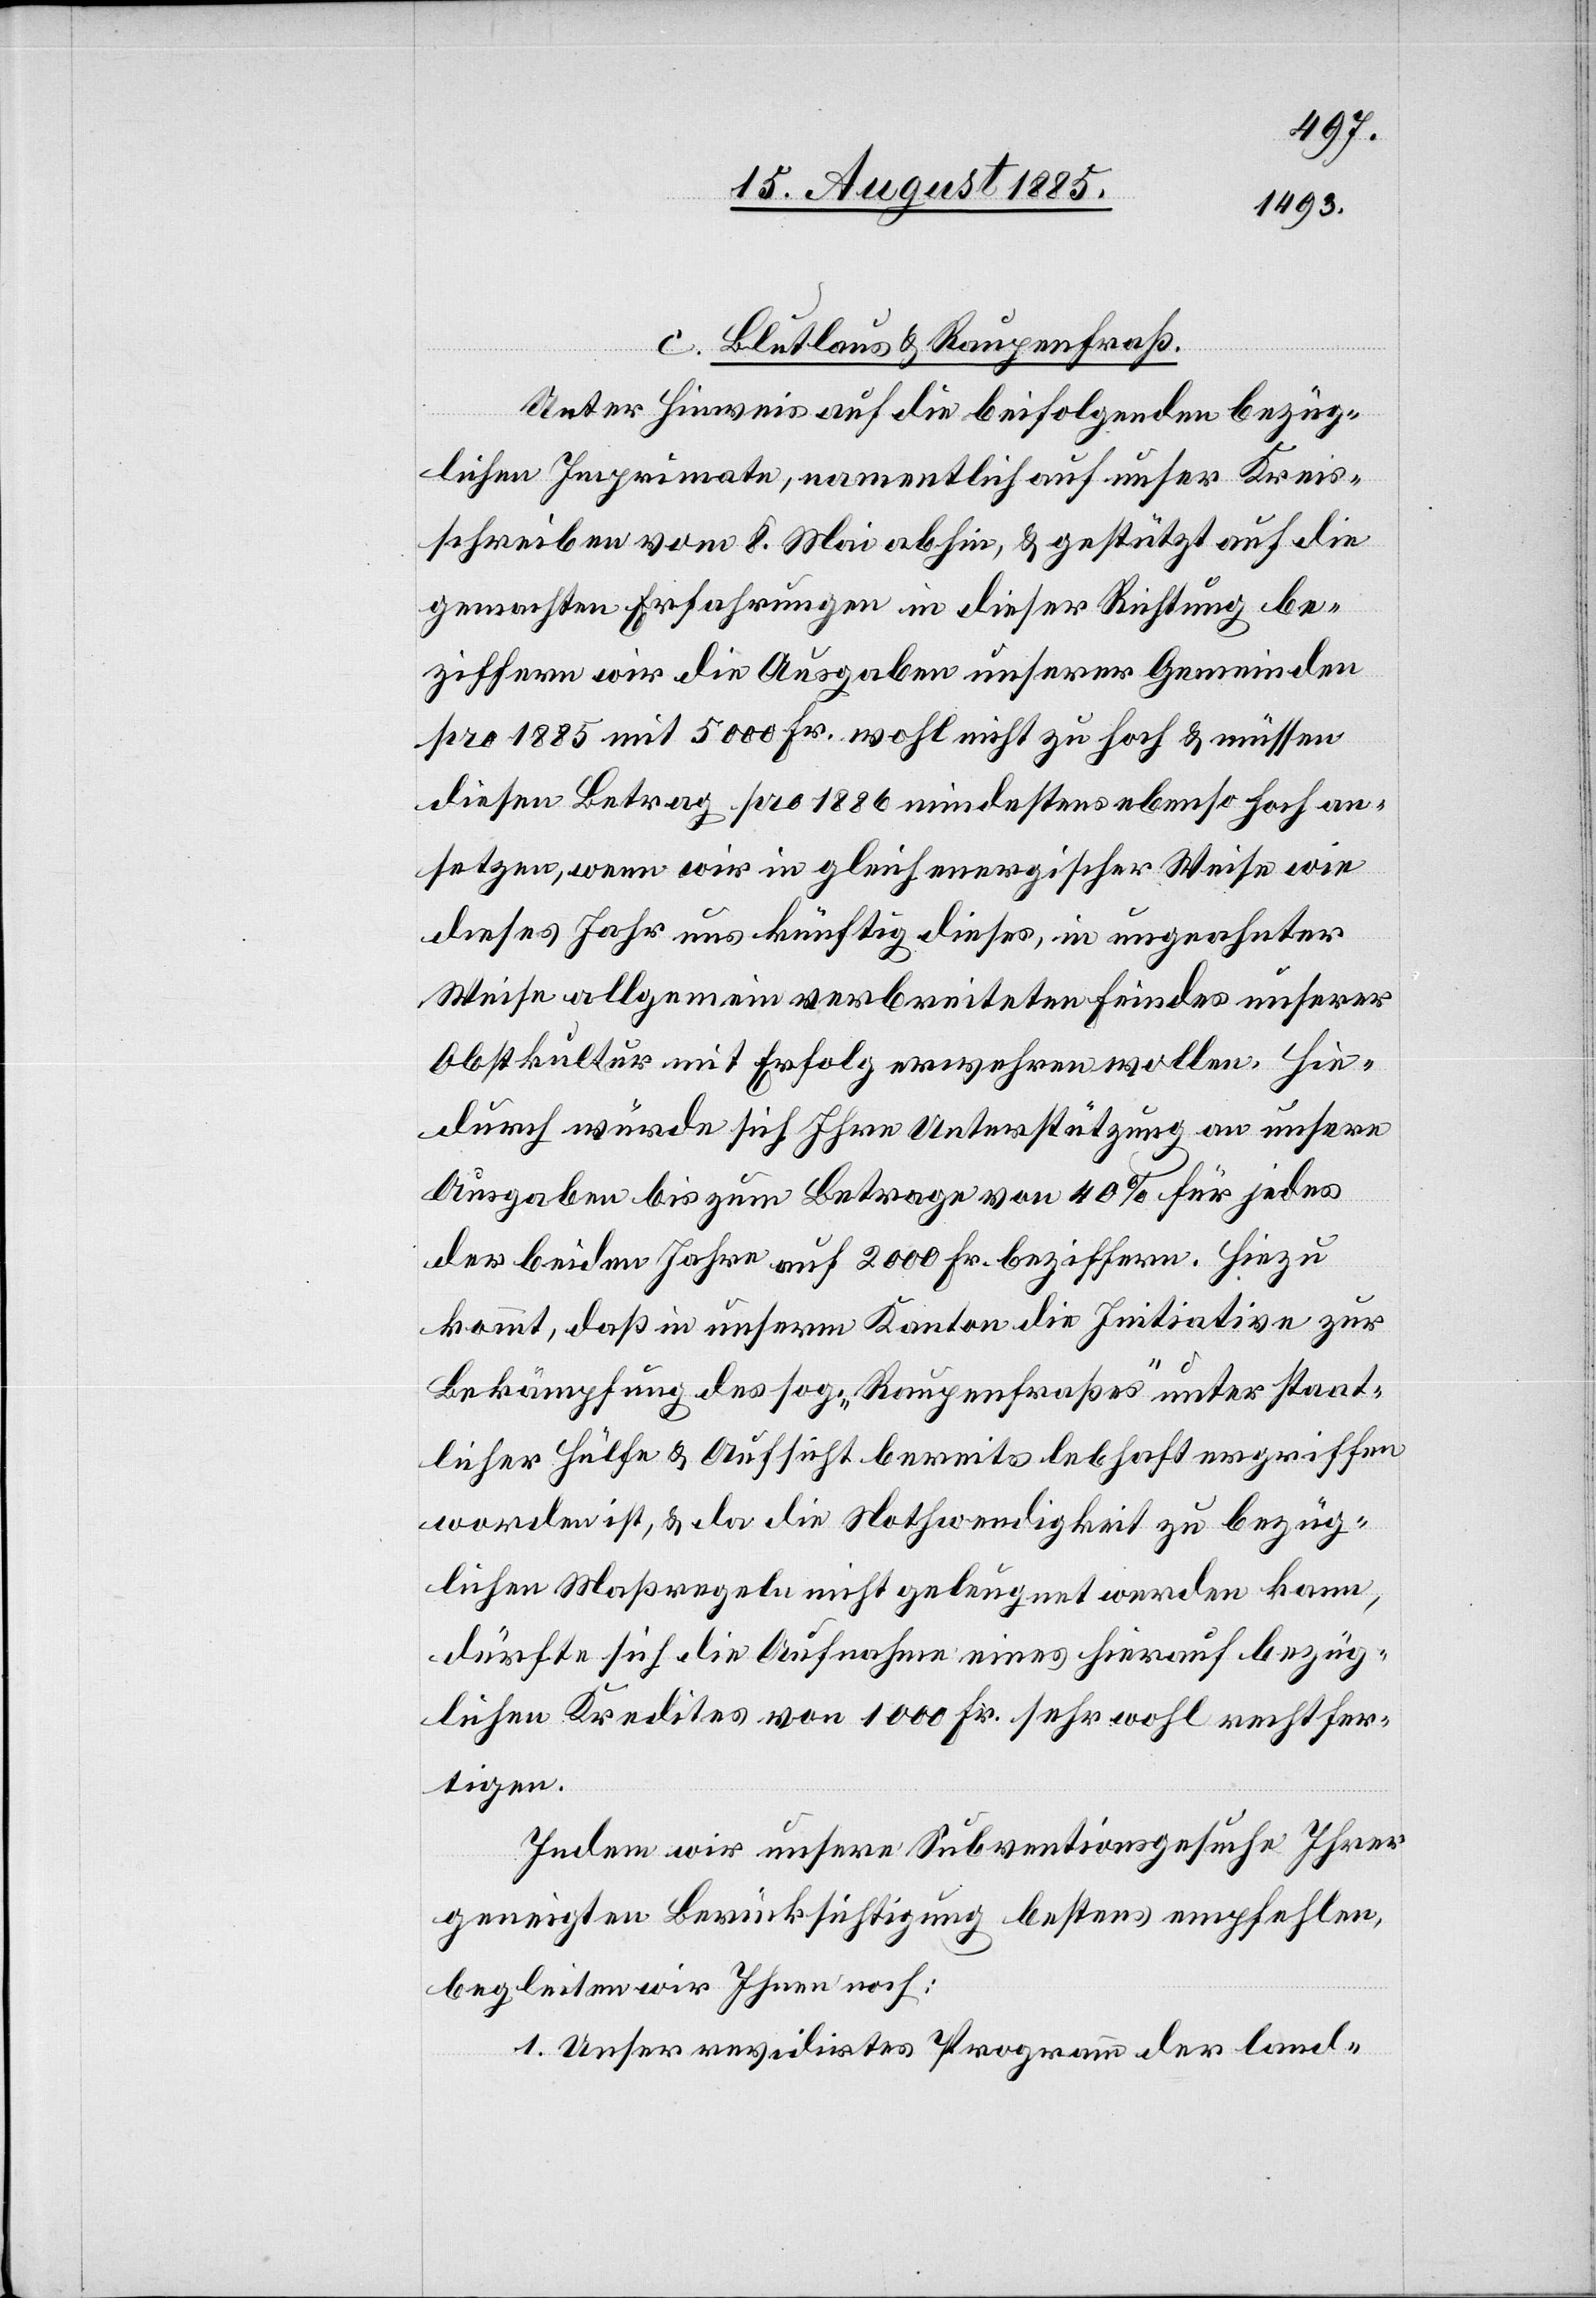
c. Blutlaus & Raupenfraß.
Unter Hinweis auf die beifolgenden bezüg¬
lichen Imprimate, namentlich auf unser Kreis¬
schrieben vom 8. Mai abhin, & gestützt auf die
gemachten Erfahrungen in dieser Richtung be¬
ziffern wir die Ausgaben unserer Gemeinden
pro 1885 mit 5000 Fr. wohl nicht zu hoch & müssen
diesen Betrag pro 1886 mindestens ebenso hoch an¬
setzen, wenn wir in gleich energischer Weise wie
dieses Jahr uns künftig dieses, in ungeahnter
Weise allgemein verbreiteten Feindes unserer
Obstkeller mit Erfolg erwehren wollen. Hie¬
durch würde sich Ihre Unterstützung an unsere
Ausgaben bis zum Betrage von 40% für jedes
der beiden Jahre auf 2000 Fr. beziffern. Hiezu
kommt, daß in unserm Kanton die Initiative zur
Bekämpfung des sog. „Raupenfraßes“ unter staat¬
licher Hülfe & Aufsicht bereits lebhaft ergriffen
worden ist, & da die Nothwendigkeit zu bezüg¬
lichen Maßregeln nicht geleugnet werden kann,
dürfte sich die Aufnahme eines hierauf bezüg¬
lichen Kredites von 1000 Fr. sehr wohl rechtfer¬
tigen.
Indem wir unsere Subventionsgesuche Ihrer
geneigten Berücksichtigung bestens empfehlen,
begleiten wir Ihnen noch:
1. Unser revidirtes Programm der land-